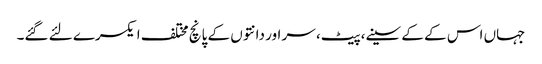
جہاں اس کے کے سینے،پیٹ، سر اور دانتوں‌ کے پانچ مختلف ایکسرے لئے گئے۔